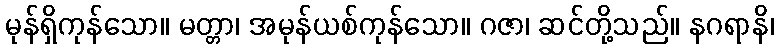
မုန်ရှိကုန်သော။ မတ္တာ၊ အမုန်ယစ်ကုန်သော။ ဂဇာ၊ ဆင်တို့သည်။ နဂရာနိ၊